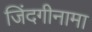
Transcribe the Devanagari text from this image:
जिंदगीनामा